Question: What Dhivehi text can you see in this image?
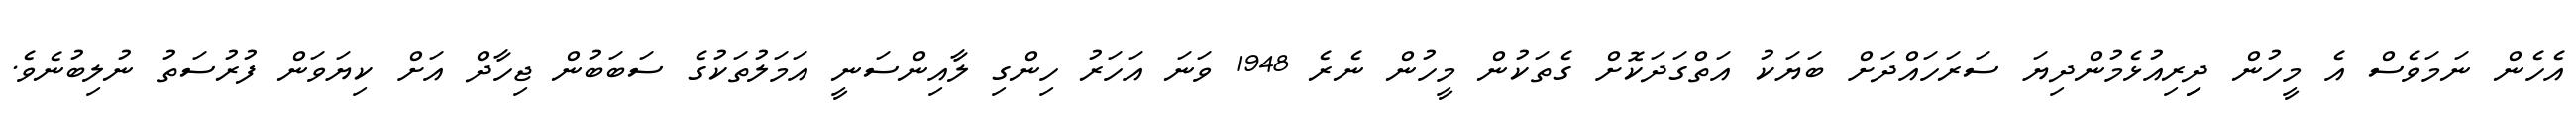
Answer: އެހެން ނަމަވެސް އެ މީހުން ދިިރިއުޅެމުންދިޔަ ސަރަހައްދަށް ބަޔަކު އަތްގަދަކޮށް ގެތަކުން މީހުން ނެރެ 1948 ވަނަ އަހަރު ހިންގި ލާއިންސަނީ އަމަލުތަކުގެ ސަބަބުން ޖިހާދް އަށް ކިޔަވަން ފުރުސަތު ނުލިބުނެވެ.